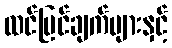
ထင်မြင်ချက်များနှင့်